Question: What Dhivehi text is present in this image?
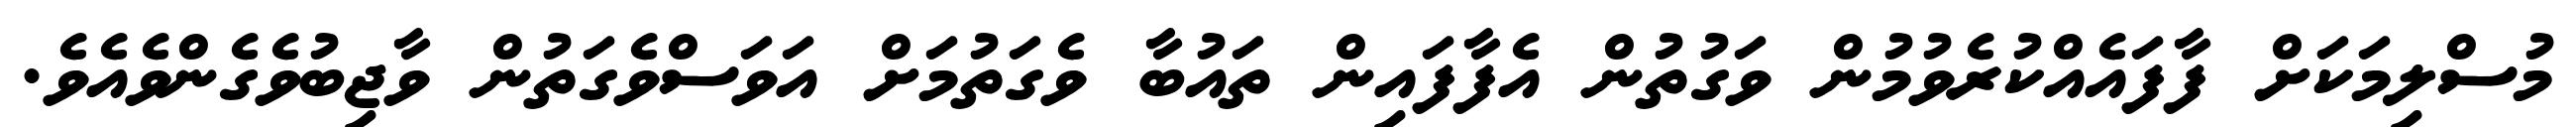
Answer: މުސްލިމަކަށް ފާފައެއްކުރެވުމުން ވަގުތުން އެފާފައިން ތައުބާ ވެގަތުމަށް އަވަސްވެގަތުން ވާޖިބުވެގެންވެއެވެ.